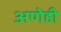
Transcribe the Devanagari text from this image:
अणेही